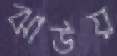
ঝাউয়